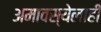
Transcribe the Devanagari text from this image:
अमावस्येलाही